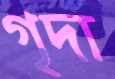
গৃদা